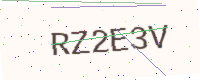
Text: RZ2E3V